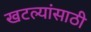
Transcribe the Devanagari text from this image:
खटल्यांसाठी